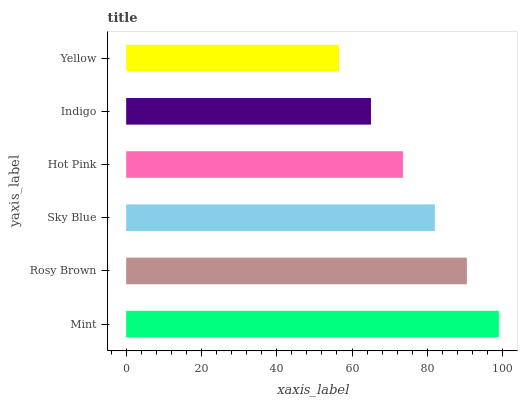
| yaxis_label | bars |
 | --- | --- |
 | Mint | 99 |
 | Rosy Brown | 90.5 |
 | Sky Blue | 82 |
 | Hot Pink | 73.5 |
 | Indigo | 65 |
 | Yellow | 56.5 |